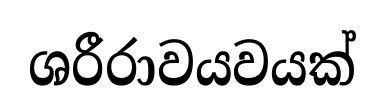
ශරීරාවයවයක්